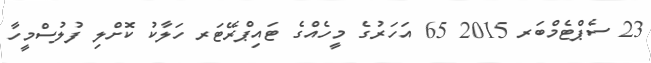
23 ސެޕްޓެމްބަރ 2015 65 އަހަރުގެ މީހެއްގެ ޓައިޕްރޭޓަރ ހަލާކު ކޮށްލި ފުލުސްމީހާ